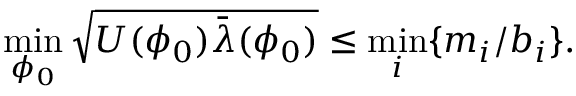
\operatorname * { m i n } _ { \phi _ { 0 } } \sqrt { U ( \phi _ { 0 } ) \bar { \lambda } ( \phi _ { 0 } ) } \le \operatorname * { m i n } _ { i } \{ m _ { i } / b _ { i } \} .